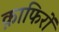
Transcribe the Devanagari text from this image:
क़ाफिरों